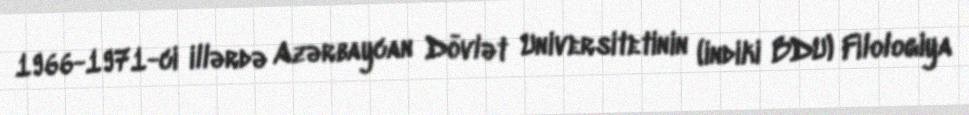
1966-1971-ci illərdə Azərbaycan Dövlət Universitetinin (indiki BDU) Filologiya